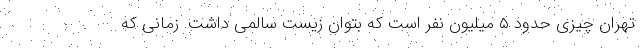
تهران چیزی حدود ۵ میلیون نفر است که بتوان زیست سالمی داشت. زمانی که